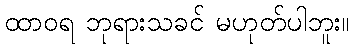
ထာဝရ ဘုရားသခင် မဟုတ်ပါဘူး။